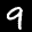
Label: 9